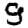
Digit: 9